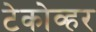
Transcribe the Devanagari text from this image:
टेकोव्हर